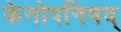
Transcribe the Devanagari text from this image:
केनोपनिषद्